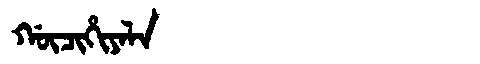
Manchu: ᡤᡡᠴᡳᡥᡳᠶᠠᠯᠠ
Romanization: GŪCIHIYALA